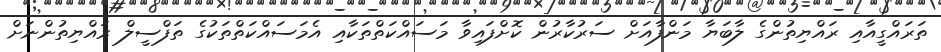
ތަރައްގީއާއި ރައްޔިތުންގެ ލާބަޔާ މަންފާއަށް ސަރުކާރުން ކޮށްފައިވާ މަސައްކަތްތަކާއި އެމަސައްކަތްތަކުގެ ތަފްސީލް ރައްޔިތުންނަށް